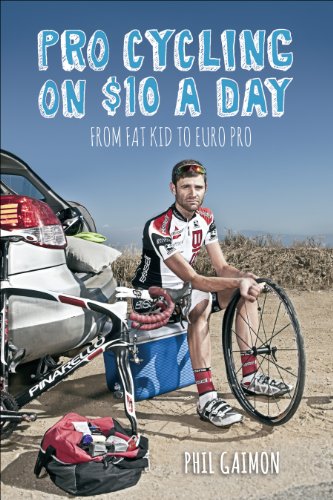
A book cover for Pro Cycling on $10 a Day: From Fat Kid to Euro Pro; Phil Gaimon; Sports & Outdoors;